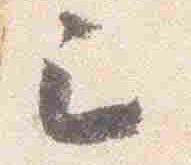
已